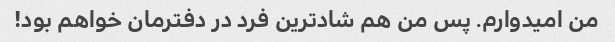
من امیدوارم. پس من هم شادترین فرد در دفترمان خواهم بود!